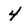
Character: 4